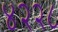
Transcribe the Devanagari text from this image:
४२२८